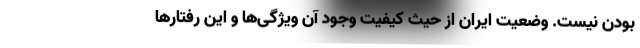
بودن نیست. وضعیت ایران از حیث کیفیت وجود آن ویژگی‌ها و این رفتارها